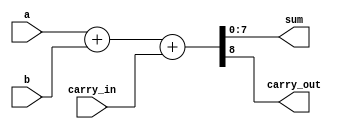

module adder_8b( a, b, carry_in, sum, carry_out);

//Assign the inputs and outputs w/ range [7:0] for 8bits
input carry_in;
input [7:0] a;
input [7:0] b;
output [7:0] sum;
output carry_out; //Very las output "carry_out" wont have ranges [7:0]
wire [8:0] temp; //
	assign temp = a+b+carry_in; //Inputs only
	assign sum = temp [7:0];//
	assign carry_out = temp [8];//Assigns very last wire as carry_out
	

endmodule